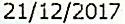
21/12/2017